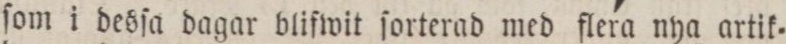
ſom i desſa dagar blifwit ſorterad med flera nya artik=